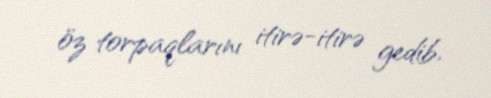
öz torpaqlarını itirə-itirə gedib.